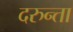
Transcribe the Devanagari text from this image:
दरुन्ता